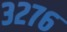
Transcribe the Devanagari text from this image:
३२७६